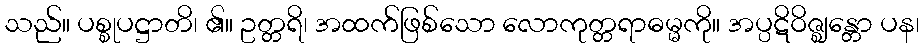
သည်။ ပစ္စုပဋ္ဌာတိ၊ ၏။ ဥတ္တရိ၊ အထက်ဖြစ်သော လောကုတ္တရာဓမ္မကို။ အပ္ပဋိဝိဇ္ဈန္တော ပန၊